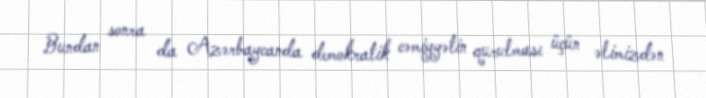
Bundan sonra da Azərbaycanda demokratik cəmiyyətin qurulması üçün əlimizdən